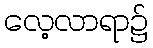
လေ့လာရာ၌